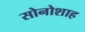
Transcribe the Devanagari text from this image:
सोनोशाह